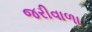
જરીવાળા